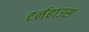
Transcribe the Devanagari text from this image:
टर्नहाउस